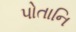
પોતાનિ